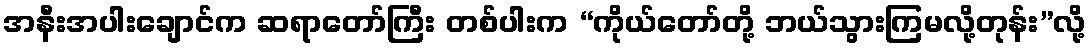
အနီးအပါးချောင်က ဆရာတော်ကြီး တစ်ပါးက “ကိုယ်တော်တို့ ဘယ်သွားကြမလို့တုန်း”လို့